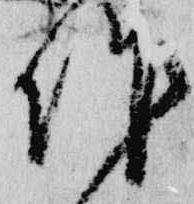
作